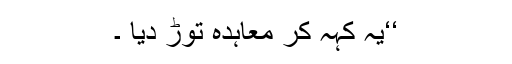
‘‘یہ کہہ کر معاہدہ توڑ دیا ۔